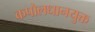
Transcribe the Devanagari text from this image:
कपोलधानयुक्त